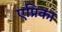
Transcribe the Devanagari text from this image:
एप्रिका